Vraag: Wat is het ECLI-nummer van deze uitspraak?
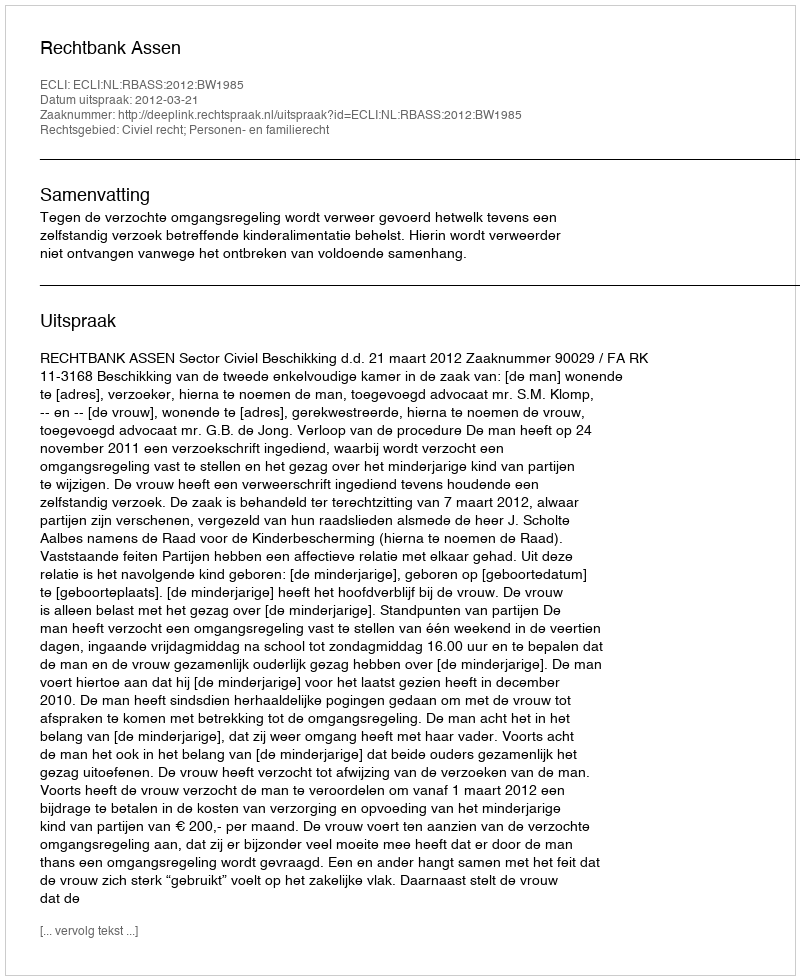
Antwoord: ECLI:NL:RBASS:2012:BW1985